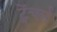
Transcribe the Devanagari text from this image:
ट्रेंचर्स